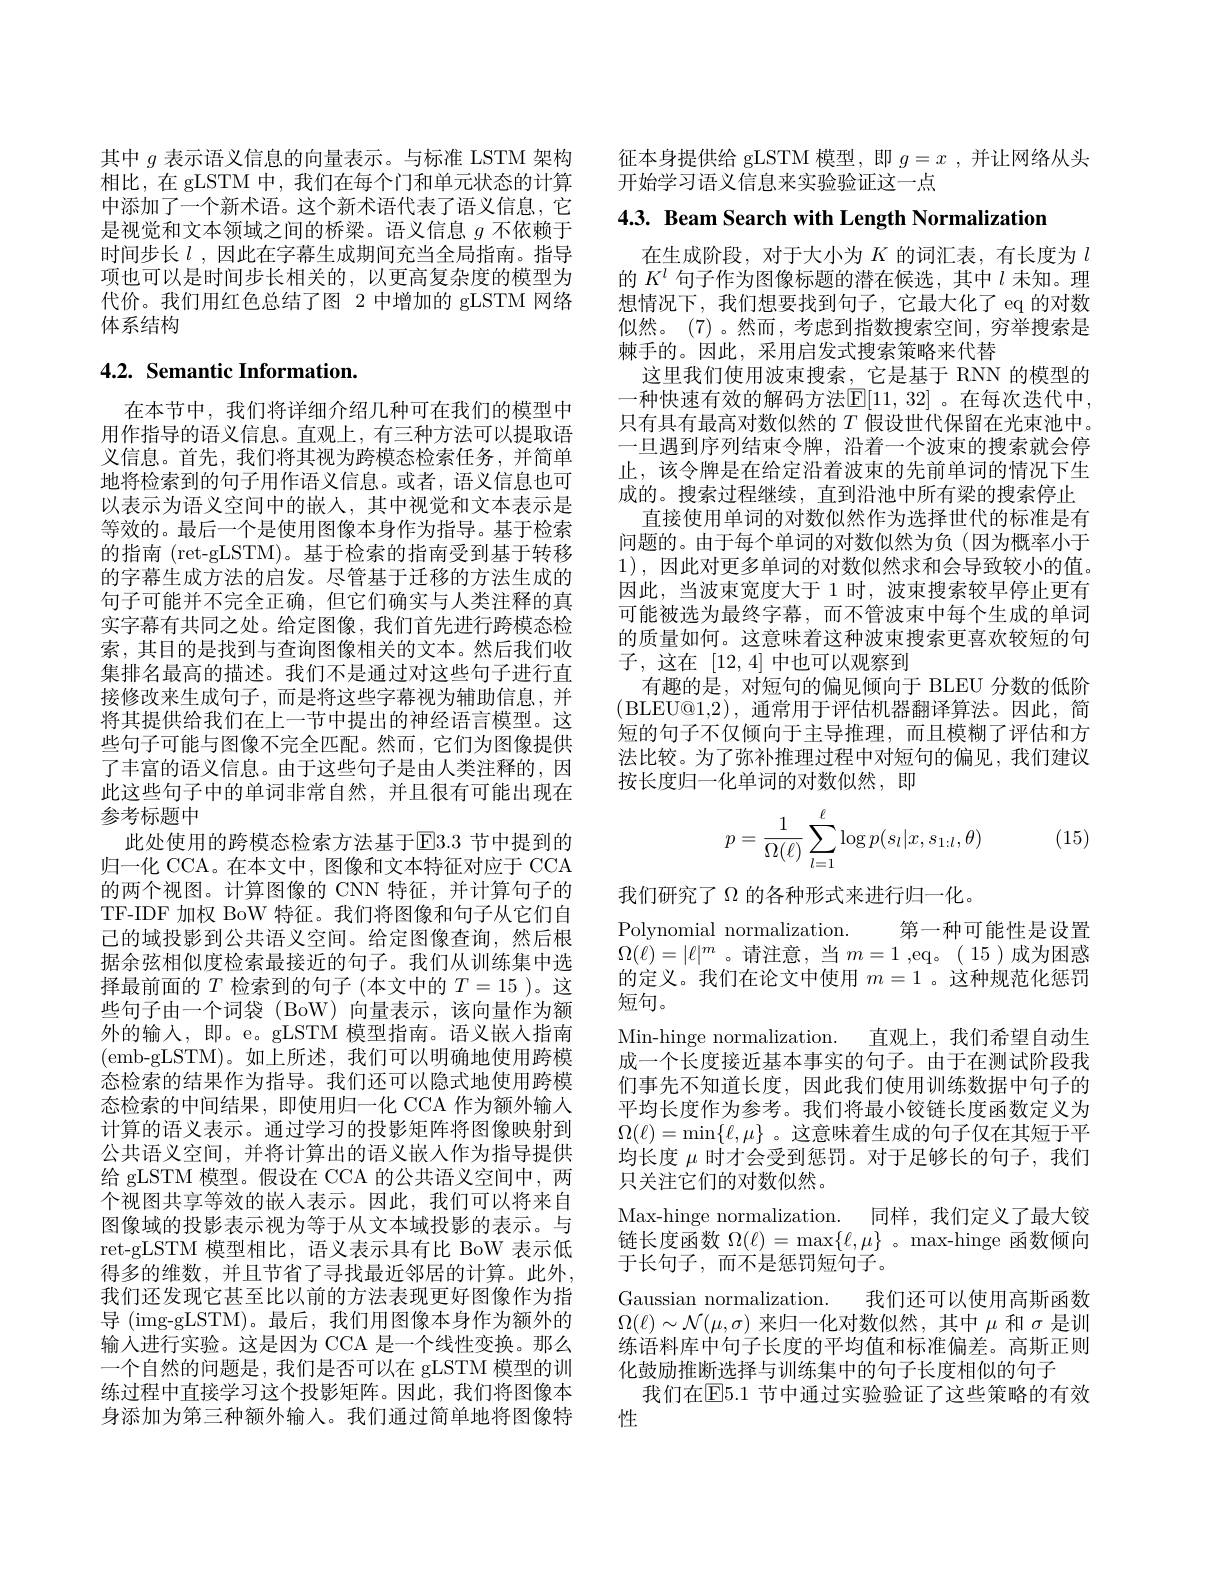
其中$g$表示语义信息的向量表示。与标准 LSTM 架构相比，在 gLSTM 中，我们在每个门和单元状态的计算中添加了一个新术语。这个新术语代表了语义信息，它是视觉和文本领域之间的桥梁。语义信息$g$不依赖于时间步长$l$ ,因此在字幕生成期间充当全局指南。指导项也可以是时间步长相关的，以更高复杂度的模型为代价。我们用红色总结了图 2 中增加的 gLSTM 网络体系结构

## 4.2. Semantic Information.

在本节中，我们将详细介绍几种可在我们的模型中用作指导的语义信息。直观上，有三种方法可以提取语义信息。首先，我们将其视为跨模态检索任务，并简单地将检索到的句子用作语义信息。或者，语义信息也可以表示为语义空间中的嵌人，其中视觉和文本表示是等效的。最后一个是使用图像本身作为指导。基于检索的指南 (ret-gLSTM)。基于检索的指南受到基于转移的字幕生成方法的启发。尽管基于迁移的方法生成的句子可能并不完全正确，但它们确实与人类注释的真实字幕有共同之处。给定图像，我们首先进行跨模态检索，其目的是找到与查询图像相关的文本。然后我们收集排名最高的描述。我们不是通过对这些句子进行直接修改来生成句子，而是将这些字幕视为辅助信息，并将其提供给我们在上一节中提出的神经语言模型。这些句子可能与图像不完全匹配。然而，它们为图像提供了丰富的语义信息。由于这些句子是由人类注释的，因此这些句子中的单词非常自然，并且很有可能出现在参考标题中
此处使用的跨模态检索方法基于$\mathbb{E}3.3$ 节中提到的归一化 CCA。在本文中，图像和文本特征对应于 CCA 的两个视图。计算图像的 CNN 特征，并计算句子的TF-IDF 加权 BoW 特征。我们将图像和句子从它们自已的域投影到公共语义空间。给定图像查询，然后根据余弦相似度检索最接近的句子。我们从训练集中选择最前面的$T$检索到的句子(本文中的$T=15$ )。这些句子由一个词袋 (BoW) 向量表示，该向量作为额外的输入，即。e。gLSTM 模型指南。语义嵌人指南(emb-gLSTM)。如上所述，我们可以明确地使用跨模态检索的结果作为指导。我们还可以隐式地使用跨模态检索的中间结果，即使用归一化 CCA 作为额外输入计算的语义表示。通过学习的投影矩阵将图像映射到公共语义空间，并将计算出的语义嵌人作为指导提供给 gLSTM 模型。假设在 CCA 的公共语义空间中，两个视图共享等效的嵌人表示。因此，我们可以将来自图像域的投影表示视为等于从文本域投影的表示。与ret-gLSTM 模型相比，语义表示具有比 BoW 表示低得多的维数，并且节省了寻找最近邻居的计算。此外， 我们还发现它甚至比以前的方法表现更好图像作为指导 (img-gLSTM)。最后，我们用图像本身作为额外的输入进行实验。这是因为 CCA 是一个线性变换。那么一个自然的问题是，我们是否可以在 gLSTM 模型的训练过程中直接学习这个投影矩阵。因此，我们将图像本身添加为第三种额外输入。我们通过简单地将图像特

征本身提供给 gLSTM 模型，即$g=x$ ,并让网络从头
开始学习语义信息来实验验证这一点

4.3. Beam Search with Length Normalization

在生成阶段，对于大小为$K$的词汇表，有长度为$l$ 的$K^l$句子作为图像标题的潜在候选，其中$l$未知。理想情况下，我们想要找到句子，它最大化了 eq 的对数似然。(7)。然而，考虑到指数搜索空间，穷举搜索是棘手的。因此，采用启发式搜索策略来代替
这里我们使用波束搜索，它是基于 RNN 的模型的一种快速有效的解码方法E[11,32]。在每次迭代中， 只有具有最高对数似然的$T$假设世代保留在光束池中。一旦遇到序列结束令牌，沿着一个波束的搜索就会停止，该令牌是在给定沿着波束的先前单词的情况下生成的。搜索过程继续，直到沿池中所有梁的搜索停止
直接使用单词的对数似然作为选择世代的标准是有问题的。由于每个单词的对数似然为负(因为概率小于1),因此对更多单词的对数似然求和会导致较小的值。因此，当波束宽度大于 1 时，波束搜索较早停止更有可能被选为最终字幕，而不管波束中每个生成的单词的质量如何。这意味着这种波束搜索更喜欢较短的句子，这在[12,4]中也可以观察到
有趣的是，对短句的偏见倾向于 BLEU 分数的低阶(BLEU@1,2),通常用于评估机器翻译算法。因此，简短的句子不仅倾向于主导推理，而且模糊了评估和方法比较。为了弥补推理过程中对短句的偏见，我们建议按长度归一化单词的对数似然，即
$$\begin{aligned}p=\frac{1}{\Omega(\ell)}\sum_{l=1}^\ell\log p(s_l|x,s_{1:l},\theta)\end{aligned}$$
(15)

我们研究了$\Omega$的各种形式来进行归一化。
Polynomial normalization. 第一种可能性是设置$\Omega(\dot{\ell})=|\ell|^m$ 。请注意，当$m=1$ ,eq。(15) 成为困惑的定义。我们在论文中使用$m=1$ 。这种规范化惩罚短句。
Min-hinge normalization. 直观上，我们希望自动生成一个长度接近基本事实的句子。由于在测试阶段我们事先不知道长度，因此我们使用训练数据中句子的平均长度作为参考。我们将最小铰链长度函数定义为$\Omega(\ell)=\min\{\ell,\mu\}$ 。这意味着生成的句子仅在其短于平均长度$\mu$时才会受到惩罚。对于足够长的句子，我们只关注它们的对数似然。
Max-hinge normalization. 同样，我们定义了最大铰链长度函数$\Omega(\ell)=\max\{\ell,\mu\}$ 。max-hinge 函数倾向于长句子，而不是惩罚短句子。
Gaussian normalization. 我们还可以使用高斯函数$\Omega(\ell)\sim\mathcal{N}(\mu,\sigma)$来归一化对数似然，其中$\mu$和$\sigma$是训练语料库中句子长度的平均值和标准偏差。高斯正则化鼓励推断选择与训练集中的句子长度相似的句子
我们在$\boxed{\mathrm{E}}5.1$ 节中通过实验验证了这些策略的有效
性